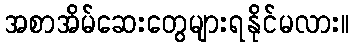
အစာအိမ်ဆေးတွေများရနိုင်မလား။